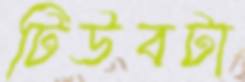
টিউবটা